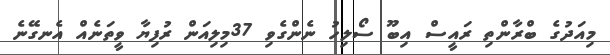
މިއަދުގެ ބްރާންތި ރައީސް އިބޫ ސޯލިހު ނެންގެވި 37މިލިއަން ރުފިޔާ ވީތަނެއް އެނގޭނެ